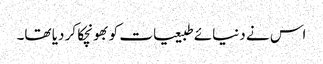
اس نے دنیائے طبیعیات کو بھونچکا کر دیا تھا۔